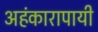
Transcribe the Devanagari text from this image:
अहंकारापायी